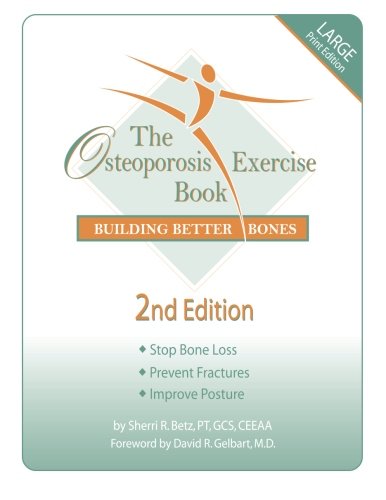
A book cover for The Osteoporosis Exercise Book : Building Better Bones; Sherri R. Betz; Health, Fitness & Dieting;